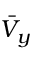
\bar { V } _ { y }